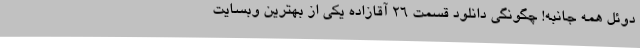
دوئل همه جانبه! چگونگی دانلود قسمت 26 آقازاده یکی از بهترین وبسایت